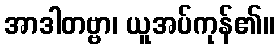
အာဒါတဗ္ဗာ၊ ယူအပ်ကုန်၏။